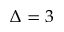
\Delta = 3